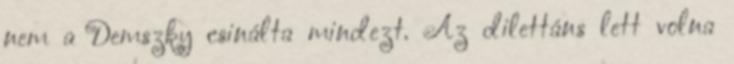
nem a Demszky csinálta mindezt. Az dilettáns lett volna